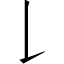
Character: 𠄌